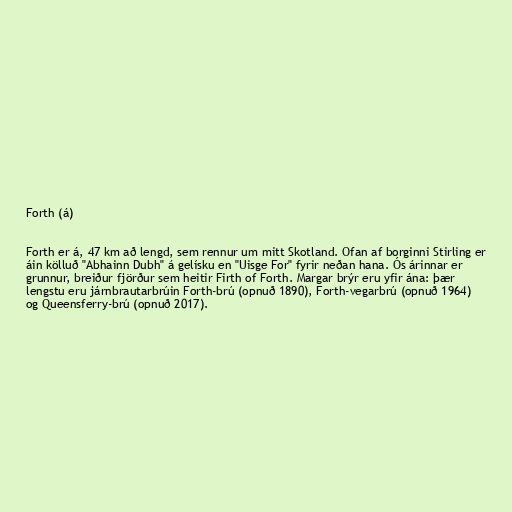
Forth (á)

Forth er á, 47 km að lengd, sem rennur um mitt Skotland. Ofan af borginni Stirling er
áin kölluð "Abhainn Dubh" á gelísku en "Uisge For" fyrir neðan hana. Ós árinnar er
grunnur, breiður fjörður sem heitir Firth of Forth. Margar brýr eru yfir ána: þær
lengstu eru járnbrautarbrúin Forth-brú (opnuð 1890), Forth-vegarbrú (opnuð 1964)
og Queensferry-brú (opnuð 2017).